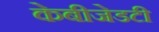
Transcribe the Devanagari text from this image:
केबीजेडटी